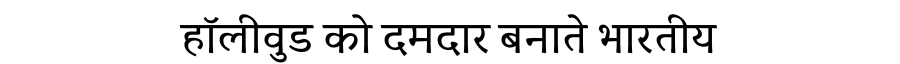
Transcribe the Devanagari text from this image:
हॉलीवुड को दमदार बनाते भारतीय